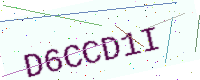
Text: D6CCD1I